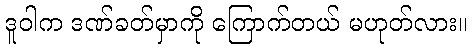
ဒူဝါက ဒဏ်ခတ်မှာကို ကြောက်တယ် မဟုတ်လား။